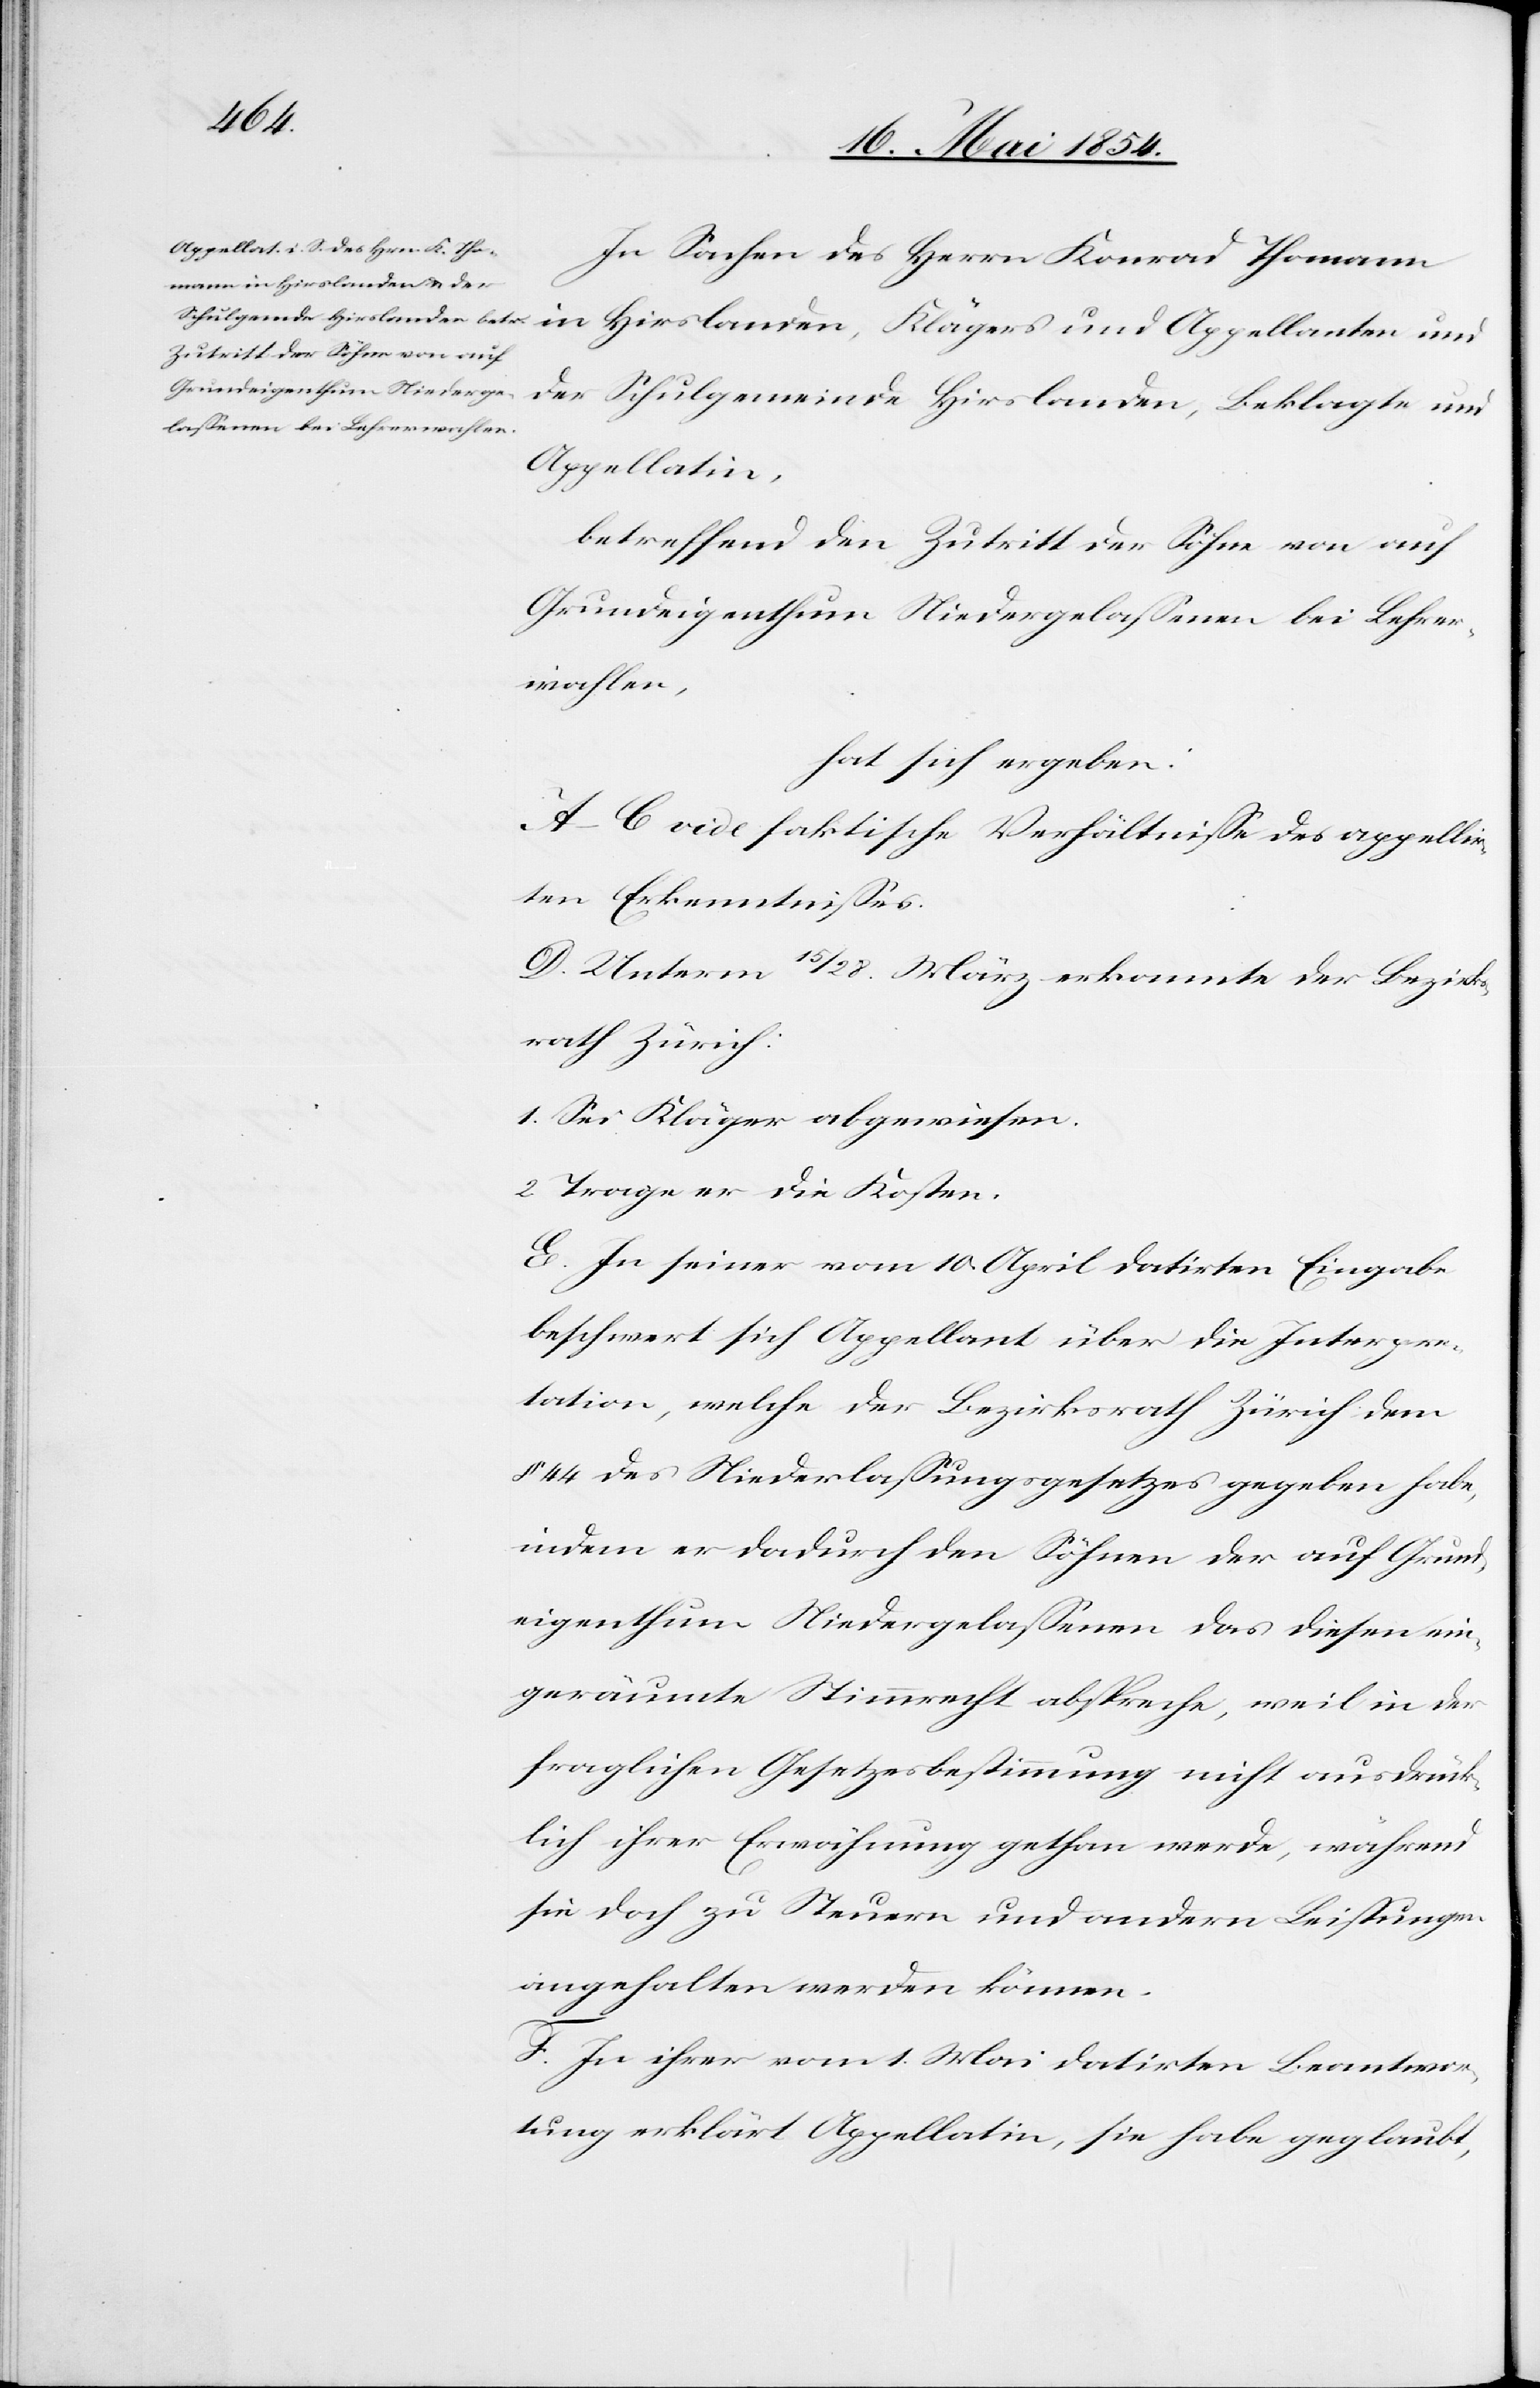
In Sachen des Herrn Konrad Thomann
der Schulgemeinde Hirslanden, Beklagte und
Appellatin,
betreffend den Zutritt der Söhne von auf
Grundeigenthum Niedergelaßenen bei Lehrer¬
wahlen,
hat sich ergeben:
A.–C. vide faktische Verhältniße des appellir¬
ten Erkenntnißes.
D. Unterm 15/28. März erkannte der Bezirks¬
rath Zürich:
1. Sei Kläger abgewiesen.
2. Trage er die Kosten.
E. In seiner vom 10. April datirten Eingabe
beschwert sich Appellant über die Interpre¬
tation, welche der Bezirksrath Zürch dem
§ 44 des Niederlaßungsgesetzes gegeben habe,
indem er dadurch den Söhnen der auf Grund¬
eigenthum Niedergelaßenen das diesen ein¬
geräumte Stimmrecht abspreche, weil in der
fraglichen Gesetzesbestimmung nicht ausdrück¬
lich ihrer Erwähnung gethan werde, während
sie jedoch zu Steuern und andern Leistungen
angehalten werden können.
F. In ihrer vom 1. Mai datirten Beantwor¬
tung erklärt Appellatin, sie habe geglaubt,